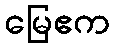
မြေဧက